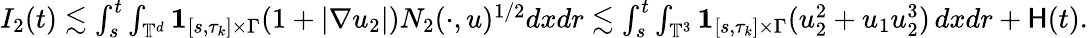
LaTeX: \begin{array}{r}{I_{2}(t)\lesssim\int_{s}^{t}\int_{\mathbb{T}^{d}}{{\mathbf 1}}_{[s,\tau_{k}]\times\Gamma}(1+|\nabla u_{2}|)N_{2}(\cdot,u)^{1/2}dxdr\lesssim\int_{s}^{t}\int_{\mathbb{T}^{3}}{{\mathbf 1}}_{[s,\tau_{k}]\times\Gamma}(u_{2}^{2}+u_{1}u_{2}^{3})\, dxdr+\mathsf{H}(t).}\end{array}